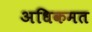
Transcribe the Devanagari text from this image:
अधिकमत